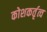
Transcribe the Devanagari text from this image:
कोशकर्तृत्व